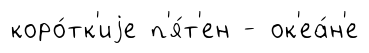
коро́тк'иjе п'я́т'ен - ок'еа́н'е